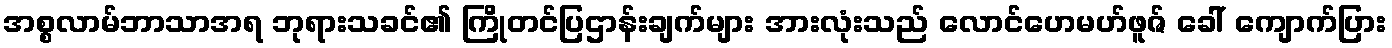
အစ္စလာမ်ဘာသာအရ ဘုရားသခင်၏ ကြိုတင်ပြဌာန်းချက်များ အားလုံးသည် လောင်ဟေမဟ်ဖူဇ် ခေါ် ကျောက်ပြား